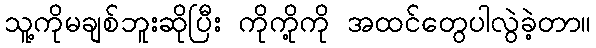
သူ့ကိုမချစ်ဘူးဆိုပြီး ကိုကို့ကို အထင်တွေပါလွဲခဲ့တာ။